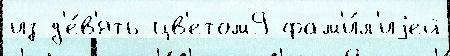
из д'е́в'ять цв'етом9 фам'и́л'иjей